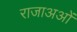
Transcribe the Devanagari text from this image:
राजाअओं